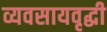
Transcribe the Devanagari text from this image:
व्यवसायवृद्धी